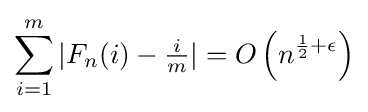
\sum _{i=1}^{m}|F_{n}(i)-{\tfrac {i}{m}}|=O\left(n^{{\frac {1}{2}}+\epsilon }\right)